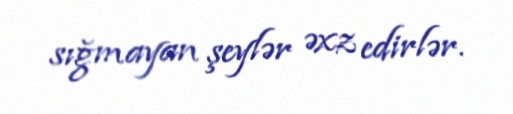
sığmayan şeylər əxz edirlər.